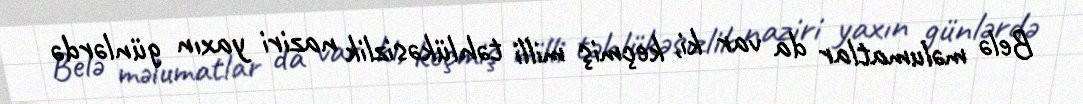
Belə məlumatlar da var ki, keçmiş milli təhlükəsizlik naziri yaxın günlərdə